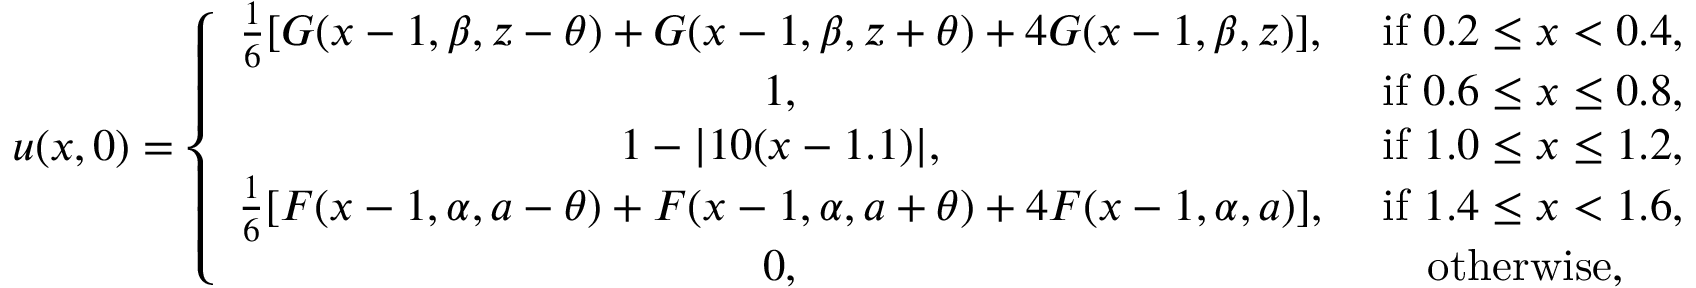
u ( x , 0 ) = \left\{ \begin{array} { c c } { \frac { 1 } { 6 } [ G ( x - 1 , \beta , z - \theta ) + G ( x - 1 , \beta , z + \theta ) + 4 G ( x - 1 , \beta , z ) ] , } & { \mathrm { ~ i f ~ } 0 . 2 \leq x < 0 . 4 , } \\ { 1 , } & { \mathrm { ~ i f ~ } 0 . 6 \leq x \leq 0 . 8 , } \\ { 1 - | 1 0 ( x - 1 . 1 ) | , } & { \mathrm { ~ i f ~ } 1 . 0 \leq x \leq 1 . 2 , } \\ { \frac { 1 } { 6 } [ F ( x - 1 , \alpha , a - \theta ) + F ( x - 1 , \alpha , a + \theta ) + 4 F ( x - 1 , \alpha , a ) ] , } & { \mathrm { ~ i f ~ } 1 . 4 \leq x < 1 . 6 , } \\ { 0 , } & { \mathrm { ~ o t h e r w i s e , ~ } } \end{array} \right.